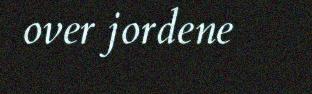
over jordene